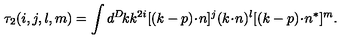
\tau _ { 2 } ( i , j , l , m ) = \int d ^ { D } \! k k ^ { 2 i } [ ( k - p ) \! \cdot \! n ] ^ { j } ( k \! \cdot \! n ) ^ { l } [ ( k - p ) \! \cdot \! n ^ { * } ] ^ { m } .